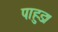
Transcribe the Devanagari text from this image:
पाहुड।